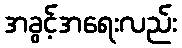
အခွင့်အရေးလည်း